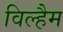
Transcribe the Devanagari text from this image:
विल्हैम